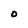
Character: O